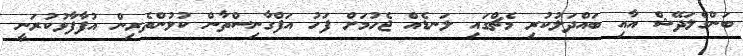
ބަންގްލަދޭޝް އާއި ބައްދަލުކުރި މެޗްގައި ލަނޑެއް ޖެހުމަށް ފަހު އަފްގާނިސްތާން ކުޅުންތެރިން އުފާފާޅުކުރަނީ